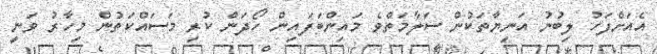
އެއަށްފަހު ލިބުނު އަނިޔާތަކުން ސަލާމަތްވެ މައިންބަފައިން ހޯދަން ކުރި މަސައްކަތުން މިހާރު ވަނީ